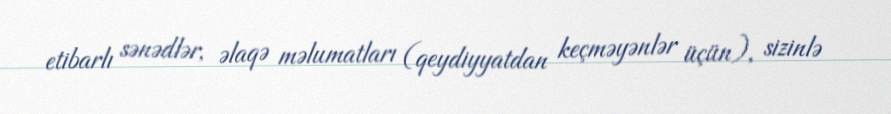
etibarlı sənədlər, əlaqə məlumatları (qeydiyyatdan keçməyənlər üçün), sizinlə